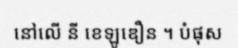
នៅលើ នី ខេឡូឌឿន ។ បំផុស